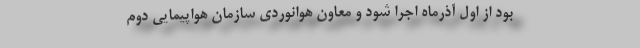
بود از اول آذرماه اجرا شود و معاون هوانوردی سازمان هواپیمایی دوم